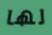
لها